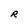
Character: R